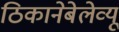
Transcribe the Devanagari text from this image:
ठिकानेबेलेव्यू